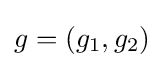
g=(g_{1},g_{2})